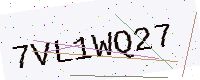
Text: 7VL1WQ27